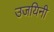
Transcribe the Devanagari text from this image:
उजयिनी